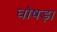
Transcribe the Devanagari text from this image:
घोषड़ा